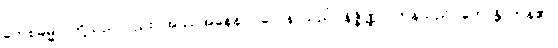
တေစဓမ္မာ၊ တို့သည်လည်း။ အဿအနေနပုဂ္ဂလေန၊ သည်။ နိဇ္ဇိဏ္ဏာ၊ ကုန်သည်။ ဟောန္တိ၊ ကုန်၏။